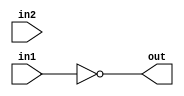
module not_func (
    input [7:0] in1,
    input [7:0] in2,
    output [7:0] out
);
    // Implement not!
    assign out = ~in1;
endmodule